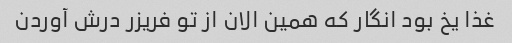
غذا یخ بود انگار که همین الان از تو فریزر درش آوردن